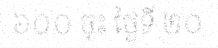
៦០០ ចុះ ថ្ងៃទី ២០